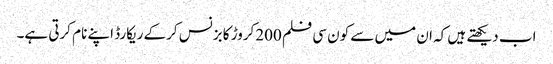
اب دیکھتے ہیں کہ ان میں سے کون سی فلم 200کروڑ کا بزنس کرکے ریکارڈ اپنے نام کرتی ہے۔